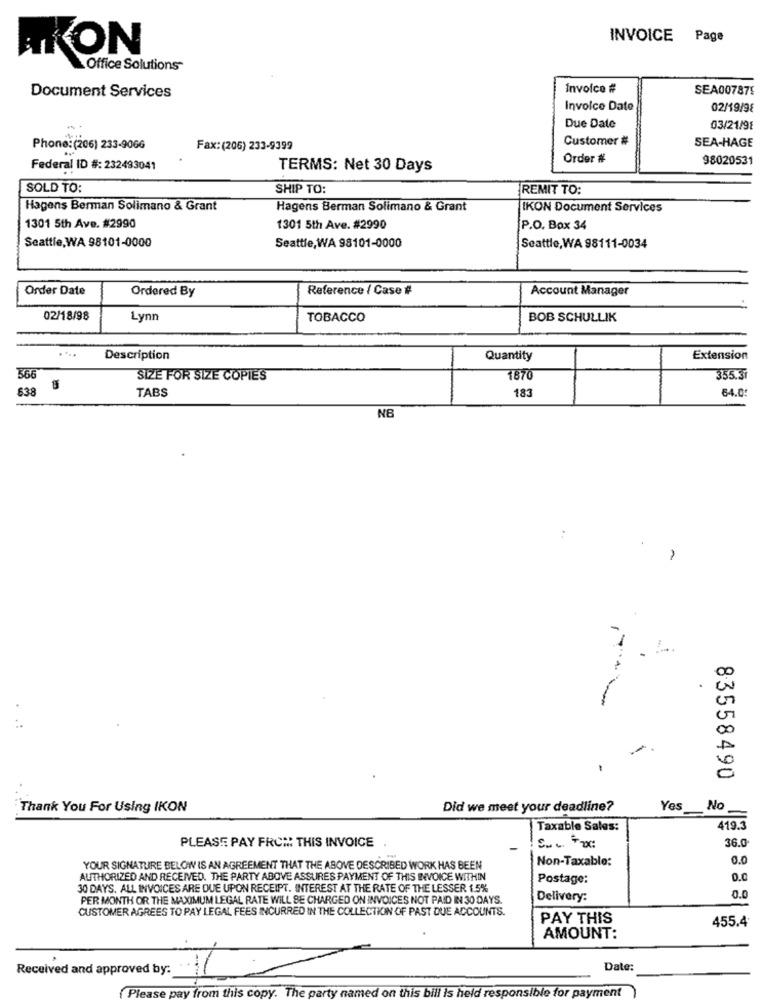
INVOICE Page
AKON
Office Solutions-
Invoice #
SEA00787E
Document Services
Invoice Date
02/19/98
Due Date
03/21/91
Customer #
SEA-HAGE
Phone: (206) 233-9066
Fax:(206) 233-9399
Order #
98020531
Federal ID #: 232493041
TERMS: Net 30 Days
SOLD TO:
SHIP TO:
REMIT TO:
Hagens Berman Solimano & Grant
Hagens Berman Solimano & Grant
IKON Document Services
1301 5th Ave. #2990
1301 5th Ave. #2990
P.O. Box 34
Seattle,WA 98101-0000
Seattle, WA 98101-0000
Seattle,WA 98111-0034
Order Date
Ordered By
Reference / Case #
Account Manager
02/18/98
Lynn
TOBACCO
BOB SCHULLIK
. ...
Description
Quantity
Extension
566
SIZE FOR SIZE COPIES
1670
355.3
638
TABS
183
64.0
NB
1
83558490
Thank You For Using IKON
Did we meet your deadline?
Yes
No
Taxable Sales:
419.3
PLEASE PAY FROM: THIS INVOICE
36.0
Non-Taxable:
0.0
YOUR SIGNATURE BELOW IS AN AGREEMENT THAT THE ABOVE DESCRIBED WORK HAS BEEN
AUTHORIZED AND RECEIVED. THE PARTY ABOVE ASSURES PAYMENT OF THIS INVOICE WITHIN
Postage:
30 DAYS. ALL INVOICES ARE DUE UPON RECEIPT. INTEREST AT THE RATE OF THE LESSER 1.5%
PER MONTH OR THE MAXIMUM LEGAL RATE WILL BE CHARGED ON INVOICES NOT PAID IN 30 DAYS.
Delivery:
0.0
CUSTOMER AGREES TO PAY LEGAL FEES INCURRED IN THE COLLECTION OF PAST DUE ACCOUNTS.
PAY THIS
455.4
AMOUNT:
Received and approved by:
Date:
Please pay from this copy. The party named on this bill is held responsible for payment